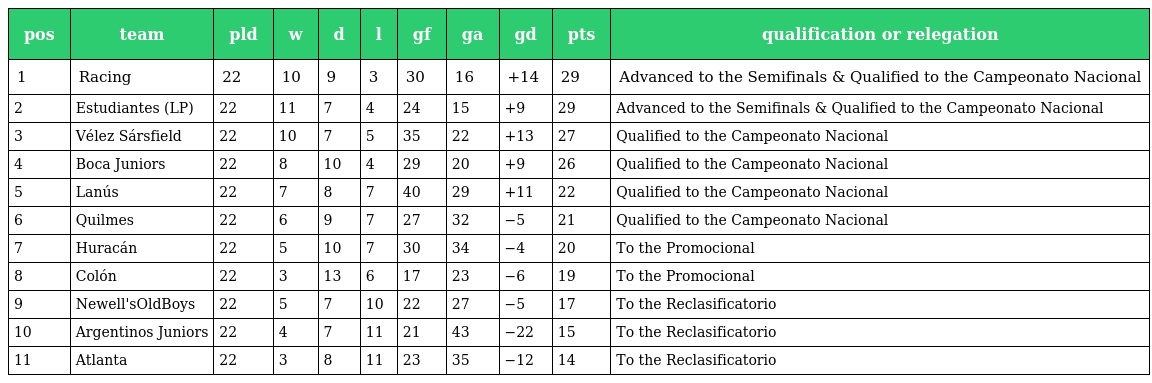
| pos | team | pld | w | d | l | gf | ga | gd | pts | qualification or relegation |
 | --- | --- | --- | --- | --- | --- | --- | --- | --- | --- | --- |
 | 1 | Racing | 22 | 10 | 9 | 3 | 30 | 16 | +14 | 29 | Advanced to the Semifinals & Qualified to the Campeonato Nacional |
 | 2 | Estudiantes (LP) | 22 | 11 | 7 | 4 | 24 | 15 | +9 | 29 | Advanced to the Semifinals & Qualified to the Campeonato Nacional |
 | 3 | Vélez Sársfield | 22 | 10 | 7 | 5 | 35 | 22 | +13 | 27 | Qualified to the Campeonato Nacional |
 | 4 | Boca Juniors | 22 | 8 | 10 | 4 | 29 | 20 | +9 | 26 | Qualified to the Campeonato Nacional |
 | 5 | Lanús | 22 | 7 | 8 | 7 | 40 | 29 | +11 | 22 | Qualified to the Campeonato Nacional |
 | 6 | Quilmes | 22 | 6 | 9 | 7 | 27 | 32 | −5 | 21 | Qualified to the Campeonato Nacional |
 | 7 | Huracán | 22 | 5 | 10 | 7 | 30 | 34 | −4 | 20 | To the Promocional |
 | 8 | Colón | 22 | 3 | 13 | 6 | 17 | 23 | −6 | 19 | To the Promocional |
 | 9 | Newell'sOldBoys | 22 | 5 | 7 | 10 | 22 | 27 | −5 | 17 | To the Reclasificatorio |
 | 10 | Argentinos Juniors | 22 | 4 | 7 | 11 | 21 | 43 | −22 | 15 | To the Reclasificatorio |
 | 11 | Atlanta | 22 | 3 | 8 | 11 | 23 | 35 | −12 | 14 | To the Reclasificatorio |